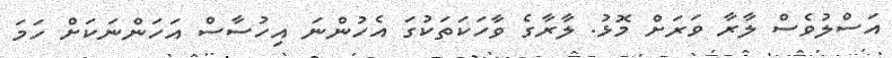
އަސްލުވެސް ލާރާ ވަރަށް މޮޅު. ލާރާގެ ވާހަކަތަކުގަ އެހުންނަ އިހުސާސް އަހަންނަކަށް ހަމަ